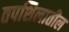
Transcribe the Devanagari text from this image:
तपशिलातील